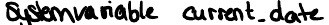
Systemvariable current_date